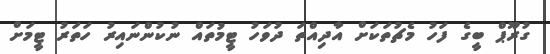
ގުރޫޕް ބީގެ ފަހު މެޗުތަކަށް އާދިއްތަ ދުވަހު ޓީމުތައް ނުކުންނައިރު ހަތަރު ޓީމަށް